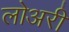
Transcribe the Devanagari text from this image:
लोअरी